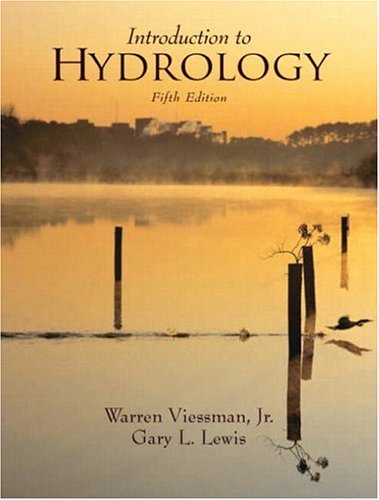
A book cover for Introduction to Hydrology (5th Edition); Warren Viessman Jr.; Science & Math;